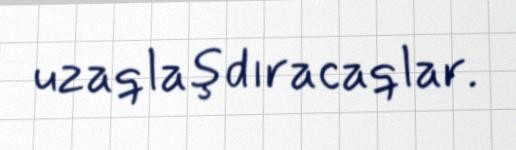
uzaqlaşdıracaqlar.